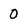
Character: 0